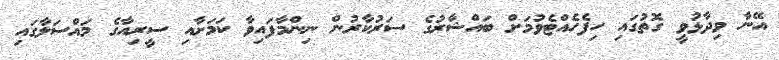
އޭނާ ވިދާޅުވީ ގޮތުގައި ހިފެހެއްޓެވުމަށް ބައްޝާރުގެ ސަރުކާރުން ނިންމާފައިވާ ކަމަށާއި ސީރިއާގެ މައްސަލާގައި